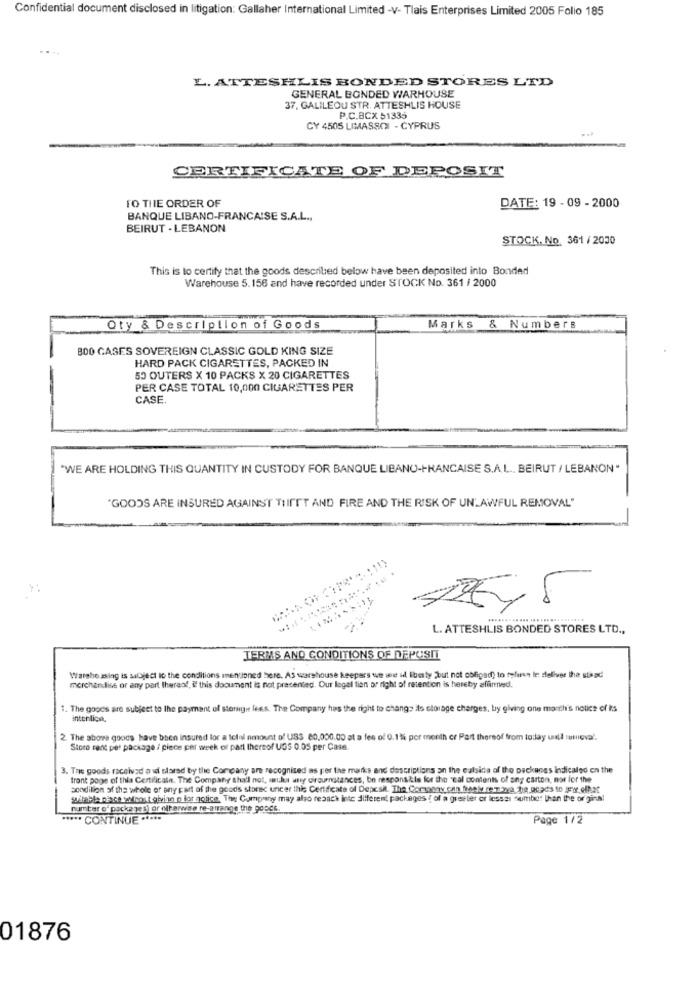
Confidential document disclosed in litigation: Gallaher International Limited -v- Tlais Enterprises Limited 2005 Folio 185
....
L. ATTESHLIS BONDED STORES LTD
GENERAL BONDED WARHOUSE
37. GALILEOU STR. ATTESHLIS HOUSE
P.C.BCX 51336
CY 4505 LIMASSOL - CYPRUS
CERTIFICATE OF DEPOSIT
TO THE ORDER OF
DATE: 19 - 09 - 2000
BANQUE LIBANO-FRANCAISE S.A.L .,
BEIRUT - LEBANON
STOCK. No. 361 / 2000
This is to certify that the goods described below have been deposited into Bonded
Warehouse 5.156 and have recorded under STOCK No. 361 / 2000
Oty & Description of Goods
Marks & Numbers
BOO GASES SOVEREIGN CLASSIC GOLD KING SIZE
HARD PACK CIGARETTES, PACKED IN
50 OUTERS X 10 PACKS X 20 CIGARETTES
PER CASE TOTAL 10,000 CIGARETTES PER
CASE.
"WE ARE HOLDING THIS QUANTITY IN CUSTODY FOR BANQUE LIBANO-FRANCAISE S.A.L ., BEIRUT / LEBANON"
"GOODS ARE INSURED AGAINST THISTT AND FIRE AND THE RISK OF UNLAWFUL REMOVAL"
L. ATTESHLIS BONDED STORES LTD .,
TERMS AND CONDITIONS OF DEPOSIT
Warshe ssing is sacject to the conditions imentioned here. As warehouse keepers we wnt il liberty "but not obliged) to refuse le deliver the stad
merchandise or any part thereof. if this document is not pracented. Our legel lien or right of retention is hereby affined.
1. The goods are subject to the payment of storage less. The Company has the right to change is storage charges, by giving one month's notice of its
interlica.
2. The above goods have been insured for a tolnl amount of USS 80,000.00 at a fee of 0.1 l por month cr Part thereof from today unal sumieva".
Store cent per package / piece per week of part thereof UGS 0.05 per Case.
3. The goods received a ud slarad by the Company are recognized as per the marks and descriptions an the outside of the packungs Indicaled on the
front page of this Certificate. The Company shall not, sanJus any circumstances, be responsible for the 'cal contents of any carton, now for the
condition of the whole or any part of the goods storec uncer this Certificate of Depesil. The Company can freek remova tip acpcs to Fi offer
Silahla peace at most giving p lor notice. The Company may also resach inte different packages ( of a gretter or lessas sumbe" then the or ginal
number o' packaget) or olharware re-arrange the popes.
***** CONTINUE ·****
Page 1/2
01876